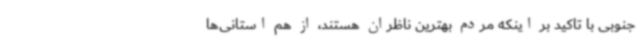
جنوبی با تاکید بر اینکه مردم بهترین ناظران هستند، از هم استانی‌ها